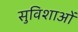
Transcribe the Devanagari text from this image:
सुविशाओं